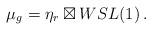
LaTeX: \begin{align*} \mu_g=\eta_r\boxtimes WSL(1)\,.\end{align*}